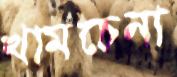
খামচেনা